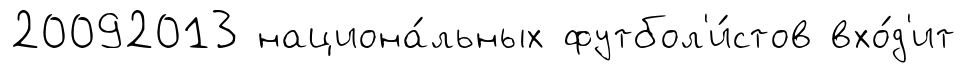
20092013 национа́льных футбол'и́стов вхо́д'ит